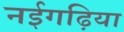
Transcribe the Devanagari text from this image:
नईगढ़िया